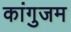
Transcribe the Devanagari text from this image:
कांगुजम